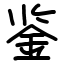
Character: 鉴